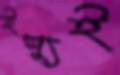
ইস্যুই